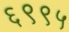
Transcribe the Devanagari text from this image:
६९९५